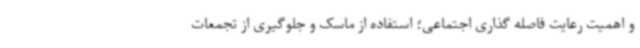
و اهمیت رعایت فاصله گذاری اجتماعی؛ استفاده از ماسک و جلوگیری از تجمعات